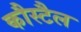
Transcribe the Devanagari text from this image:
कौस्टैल